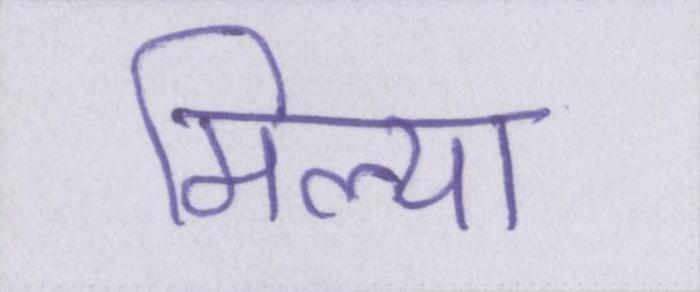
मिल्या